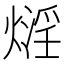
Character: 𤎛